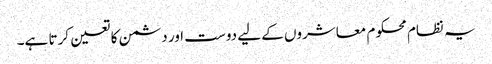
یہ نظام محکوم معاشروں کے لیے دوست اور دشمن کا تعین کرتا ہے۔